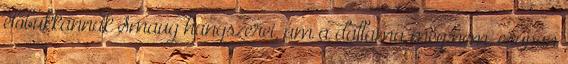
előbukkannak Smaug hangszerei, ám a dallama még nem, csupán